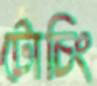
টোচিং